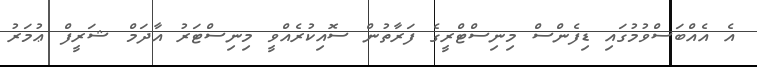
އެ އެއްބަސްވުމުގައި ޑިފެންސް މިނިސްޓްރީގެ ފަރާތުން ސޮއިކުރެއްވީ މިނިސްޓަރު އާދަމް ޝަރީފް ޢުމަރު